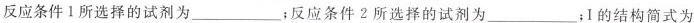
反应条件1所选择的试剂为___；反应条件2所选择的试剂为___；Ⅰ的结构简式为